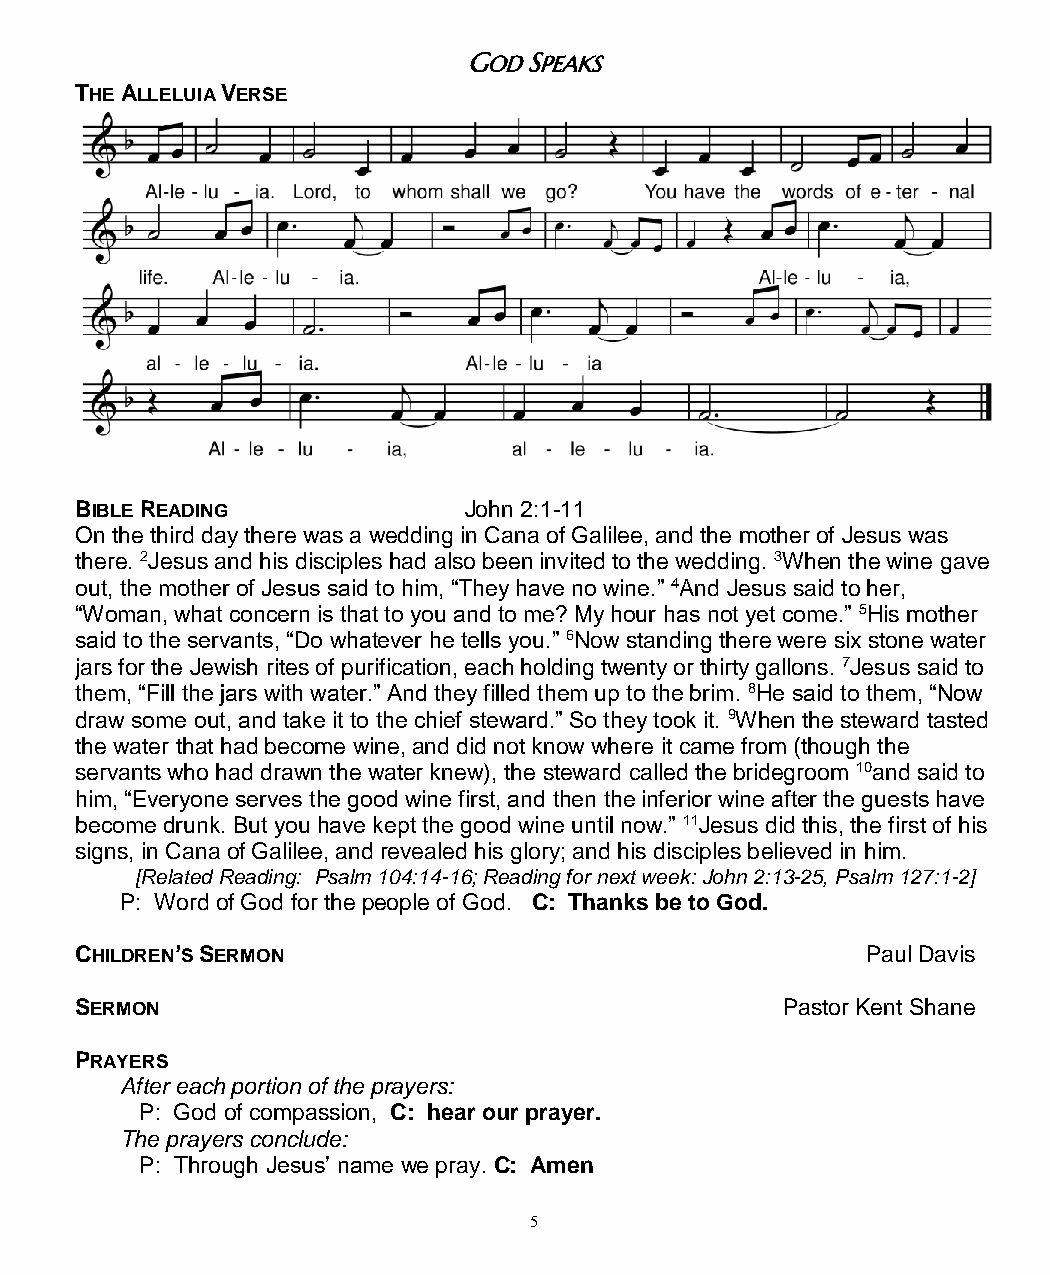
GOD SPEAKS
 THE ALLELUIA VERSE
 BIBLE READING             John 2:1-11
 On the third day there was a wedding in Cana of Galilee, and the mother of Jesus was
 there. 2Jesus and his disciples had also been invited to the wedding. 3When the wine gave
 out, the mother of Jesus said to him, “They have no wine.” 4And Jesus said to her,
 “Woman, what concern is that to you and to me? My hour has not yet come.” 5His mother
 said to the servants, “Do whatever he tells you.” 6Now standing there were six stone water
 jars for the Jewish rites of purification, each holding twenty or thirty gallons. 7Jesus said to
 them, “Fill the jars with water.” And they filled them up to the brim. 8He said to them, “Now
 draw some out, and take it to the chief steward.” So they took it. 9When the steward tasted
 the water that had become wine, and did not know where it came from (though the
 servants who had drawn the water knew), the steward called the bridegroom 10and said to
 him, “Everyone serves the good wine first, and then the inferior wine after the guests have
 become drunk. But you have kept the good wine until now.” 11Jesus did this, the first of his
 signs, in Cana of Galilee, and revealed his glory; and his disciples believed in him.
 [Related Reading: Psalm 104:14-16; Reading for next week: John 2:13-25, Psalm 127:1-2]
 P: Word of God for the people of God. C: Thanks be to God.
 CHILDREN’S SERMON                                   Paul Davis
 SERMON                                         Pastor Kent Shane
 PRAYERS
 After each portion of the prayers:
 P: God of compassion, C: hear our prayer.
 The prayers conclude:
 P: Through Jesus’ name we pray. C: Amen
 5